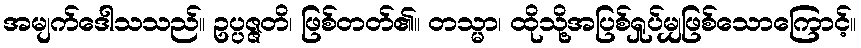
အမျက်ဒေါသသည်။ ဥပ္ပဇ္ဇတိ၊ ဖြစ်တတ်၏။ တသ္မာ၊ ထိုသို့အပြစ်ရှုပ်မျှဖြစ်သောကြောင့်။